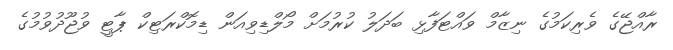
ރާއްޖޭގެ ވެރިކަމުގެ ނިޒާމް ވައްޓަފާޅި ބަދަލު ކުރުމަށް މޯލްޑިވިއަން ޑިމޮކްރަޓިކް ޕާޓީ ވުޖޫދުވުމުގެ